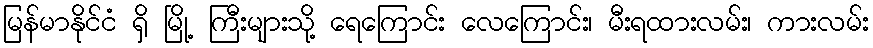
မြန်မာနိုင်ငံ ရှိ မြို့ ကြီးများသို့ ရေကြောင်း လေကြောင်း၊ မီးရထားလမ်း၊ ကားလမ်း